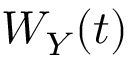
W _ { Y } ( t )